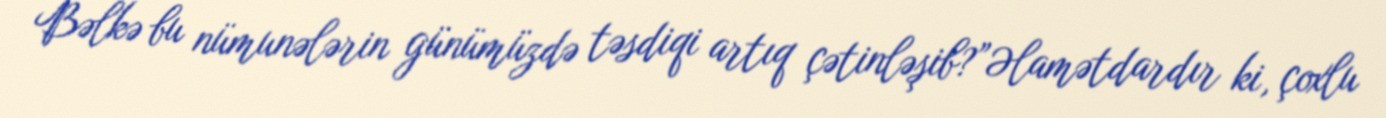
Bəlkə bu nümunələrin günümüzdə təsdiqi artıq çətinləşib?”Əlamətdardır ki, çoxlu